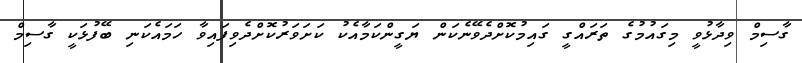
ގާސިމް ވިދާޅުވީ މިގައުމުގެ ތަރައްގީ ގައިމުކޮށްދެވޭނެކަން ޔަގީންކަމާއެކު ކަށަވަރުކޮށްދެވިފައިވާ ހަމައެކަނި ބޭފުޅަކީ ގާސިމް